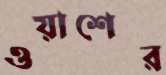
ওয়াশের